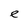
Character: e